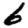
Digit: 6